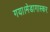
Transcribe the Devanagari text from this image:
गया।मेडागास्कर